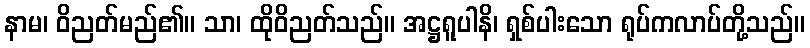
နာမ၊ ဝိညတ်မည်၏။ သာ၊ ထိုဝိညတ်သည်။ အဋ္ဌရူပါနိ၊ ရှစ်ပါးသော ရုပ်ကလာပ်တို့သည်။